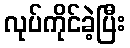
လုပ်ကိုင်ခဲ့ပြီး